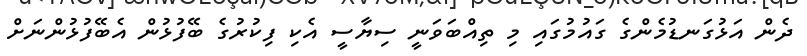
ދެން އަޅުގަނޑުމެންގެ ގައުމުގައި މި ތިއްބަވަނީ ސިޔާސީ އެކި ފިކުރުގެ ބޭފުޅުން އެބޭފުޅުންނަށް